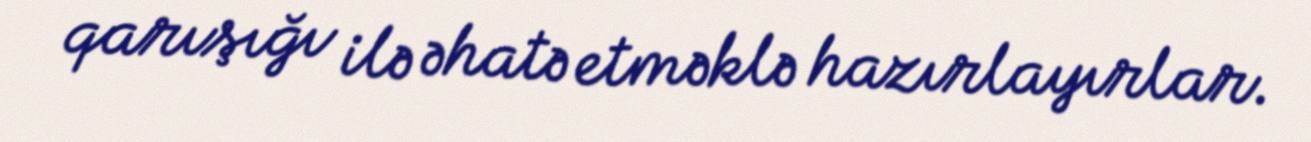
qarışığı ilə əhatə etməklə hazırlayırlar.